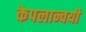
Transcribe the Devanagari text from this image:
केपलान्वयी